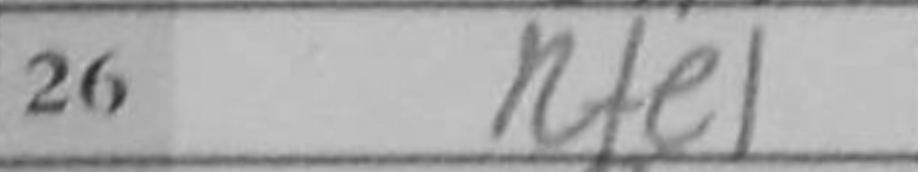
Transcription: Rfe1